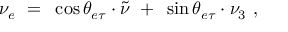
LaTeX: \nu _ { e } ~ = ~ \cos \theta _ { e \tau } \cdot \tilde { \nu } ~ + ~ \sin \theta _ { e \tau } \cdot \nu _ { 3 } ~ ,